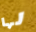
لها